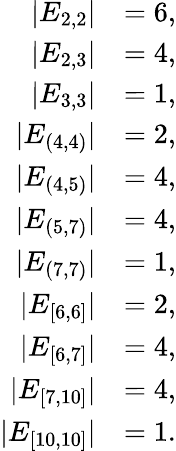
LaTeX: \begin{array}{rl}{|E_{2,2}|}&{=6,}\\ {|E_{2,3}|}&{=4,}\\ {|E_{3,3}|}&{=1,}\\ {|E_{(4,4)}|}&{=2,}\\ {|E_{(4,5)}|}&{=4,}\\ {|E_{(5,7)}|}&{=4,}\\ {|E_{(7,7)}|}&{=1,}\\ {|E_{[6,6]}|}&{=2,}\\ {|E_{[6,7]}|}&{=4,}\\ {|E_{[7,10]}|}&{=4,}\\ {|E_{[10,10]}|}&{=1.}\end{array}